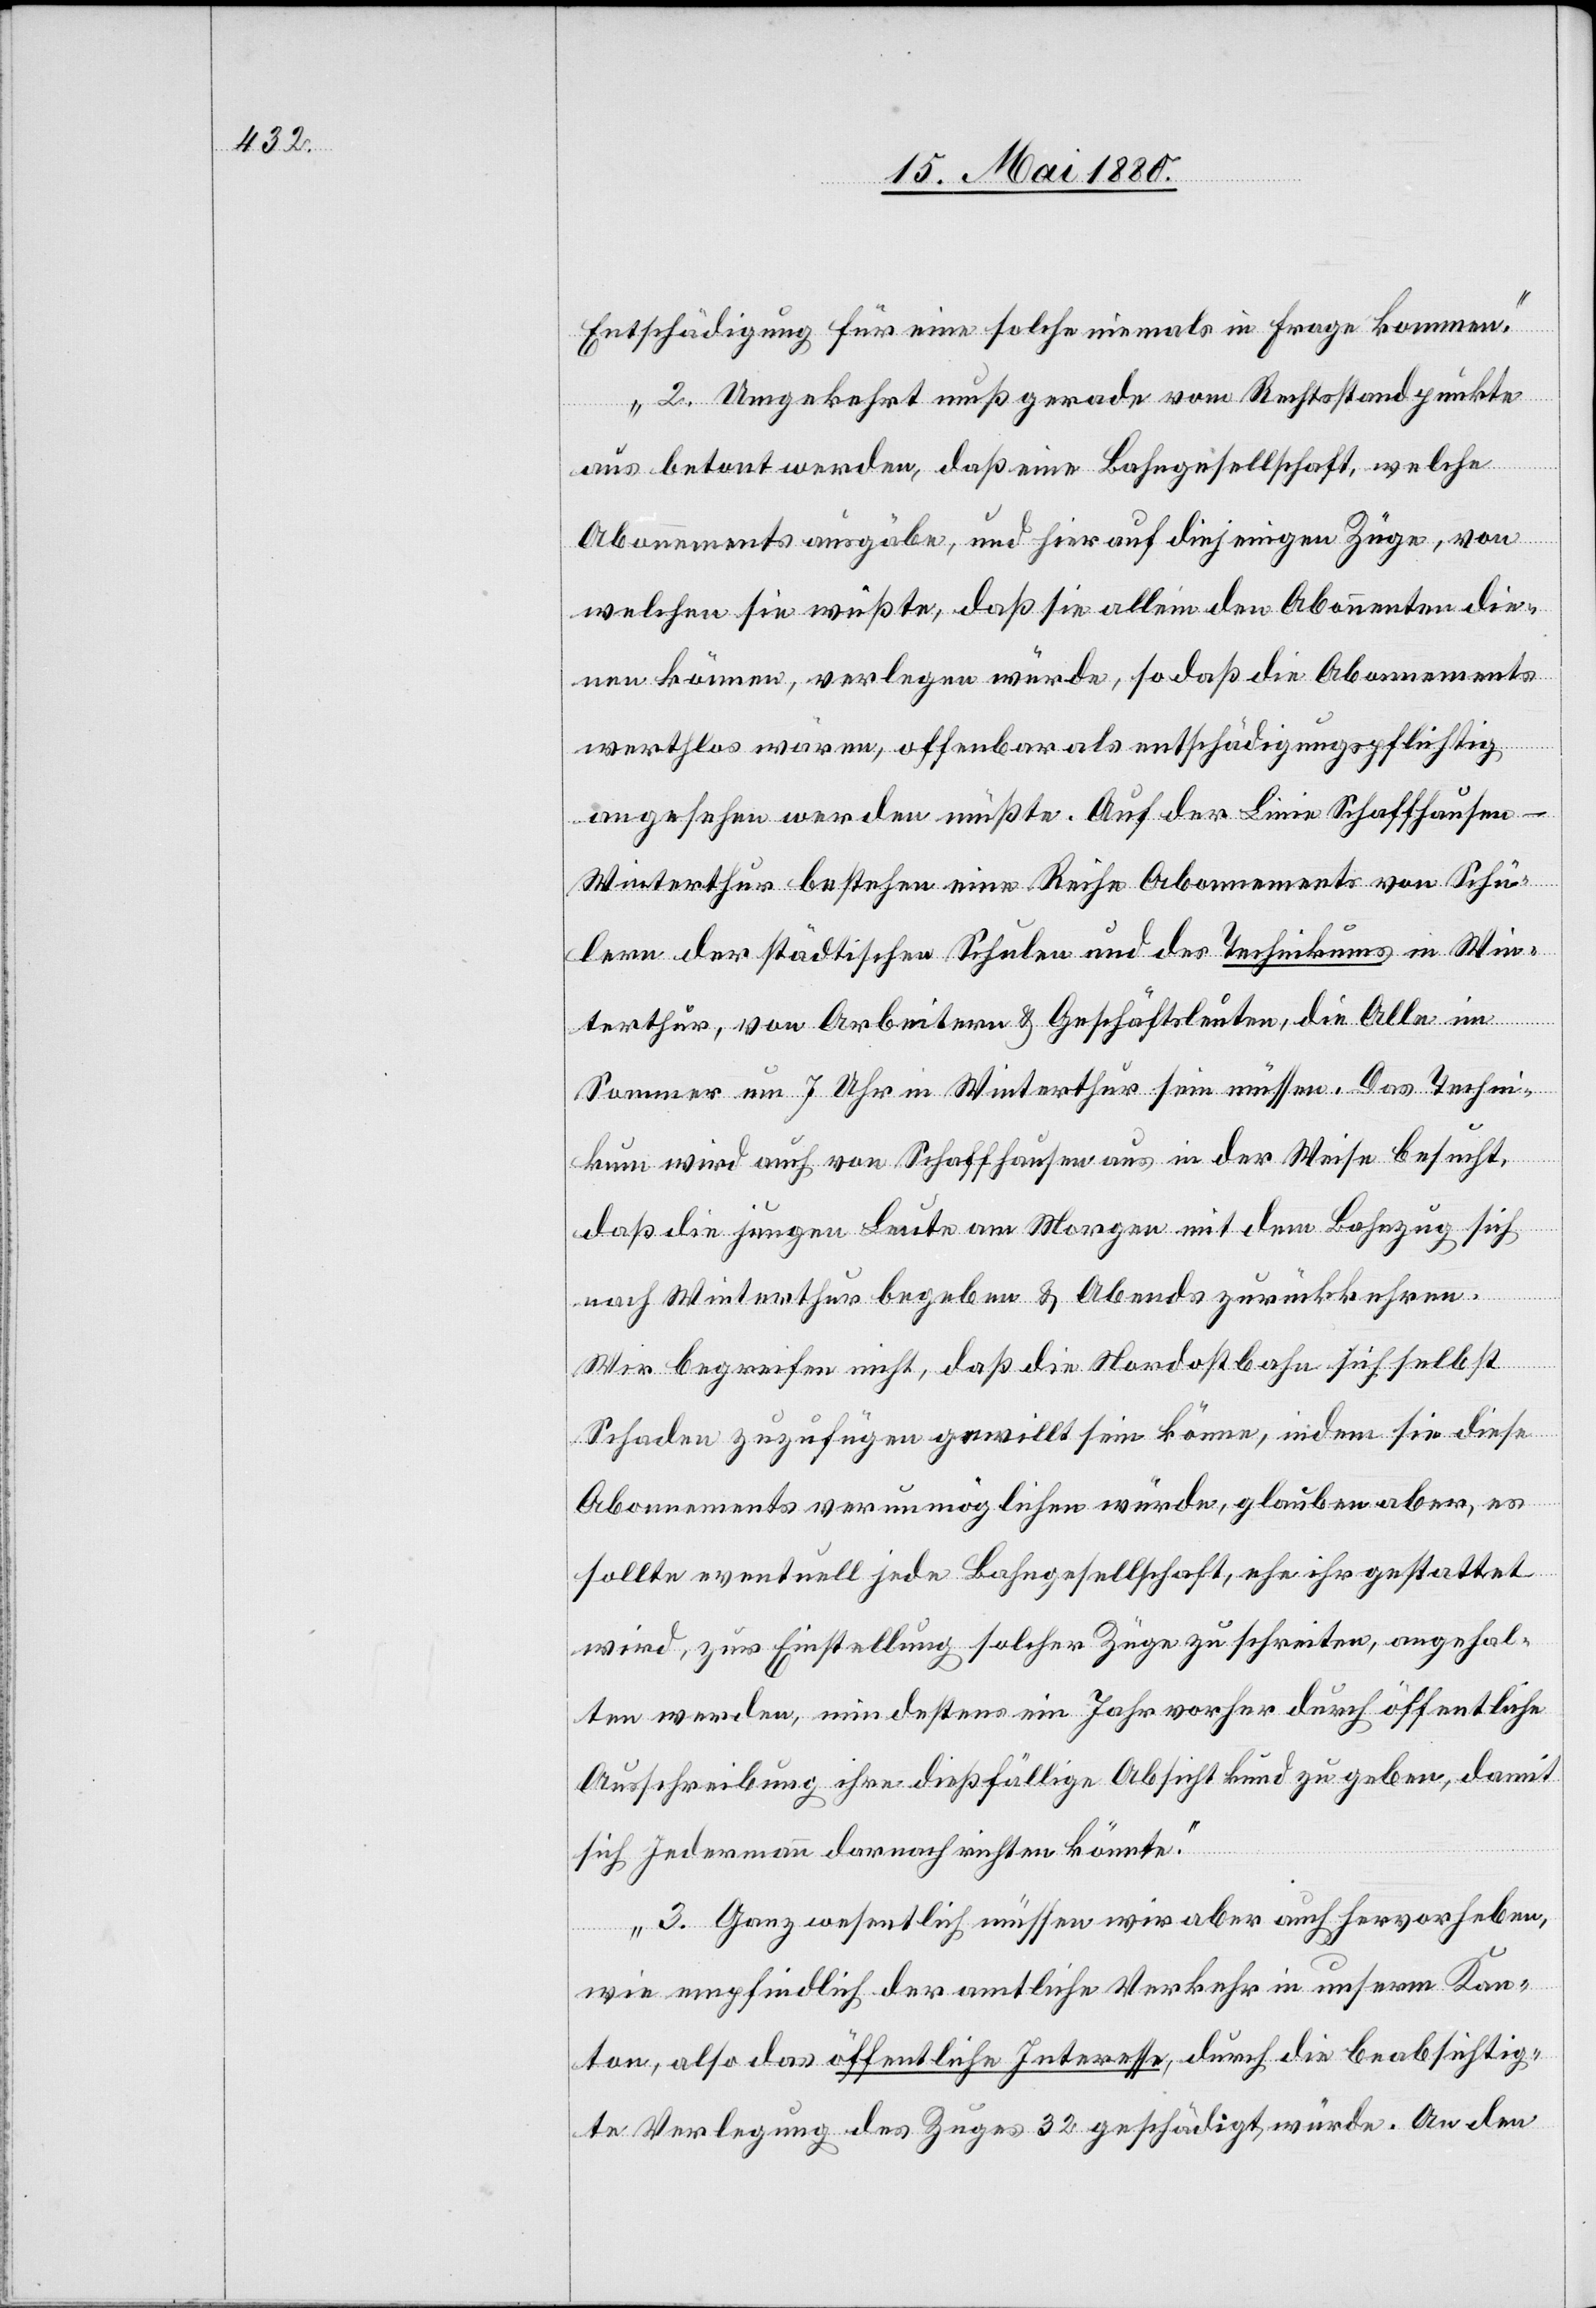
Entschädigung für eine solche niemals in Frage kommen.
2. Umgekehrt muß gerade vom Rechtsstandpunkte
aus betont werden, daß eine Bahngesellschaft, welche
Abonnements ausgäbe, uns hierauf diejenigen Züge, von
welchen sie wußte, daß sie allein den Abonnenten die¬
nen können, verlegen würde, so daß die Abonnements
werthlos wären, offenbar als entschädigungspflichtig
angesehen werden müßte. Auf der Linie Schaffhausen–W¬
interthur bestehen eine Reihe Abonnements von Schü¬
lern der städtischen Schulen und des Technikums in Win¬
terthur, von Arbeitern & Geschäftsleuten, die Alle im
Sommer um 7 Uhr in Winterthur sein müssen. Das Techni¬
kum wird auch von Schaffhausen aus in der Weise besucht,
daß die jungen Leute am Morgen mit dem Bahnzug sich
nach Winterthur begeben & Abends zurückkehren.
Wir begreifen nicht, daß die Nordostbahn sich selbst
Schaden zufügen gewillt sein könne, indem sie diese
Abonnements verunmöglichen würde, glauben aber, es
sollte eventuell jede Bahngesellschaft, ehe ihr gestattet
wird, zur Einstellung solcher Züge zu schreiten, angehal¬
ten werden, mindestens ein Jahr vorher durch öffentlich
Ausschreibung ihre dießfällige Absicht kund zu geben, damit
sich Jedermann darnach richten könnte.
3. Ganz wesentlich müssen wir aber auch hervorheben,
wie empfindlich der amtliche Verkehr in unserm Kan¬
ton, als das öffentliche Interesse, durch die beabsichtig¬
te Verlegung des Zuges 32 geschädigt würde. An den